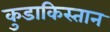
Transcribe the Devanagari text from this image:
कुडाकिस्तान